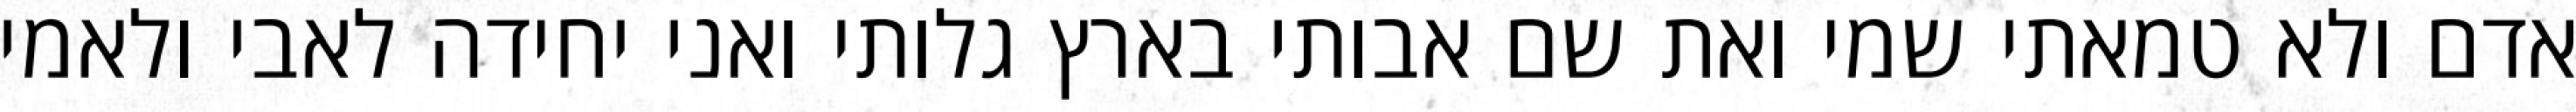
אדם ולא טמאתי שמי ואת שם אבותי בארץ גלותי ואני יחידה לאבי ולאמי